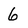
Character: 6